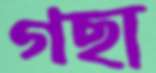
গছা